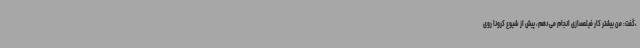
،‌گفت:‌ من بیشتر کار فیلمسازی انجام می‌دهم، پیش از شیوع کرونا روی